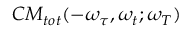
C M _ { t o t } ( - \omega _ { \tau } , \omega _ { t } ; \omega _ { T } )